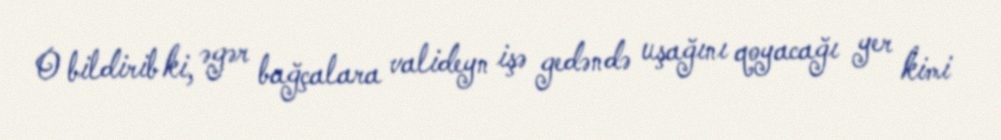
O bildirib ki, əgər bağçalara valideyn işə gedəndə uşağını qoyacağı yer kimi